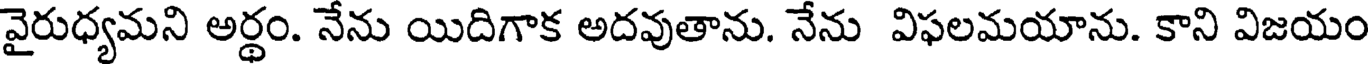
వైరుధ్యమని అర్థం. నేను యిదిగాక అదవుతాను. నేను విఫలమయాను. కాని విజయం